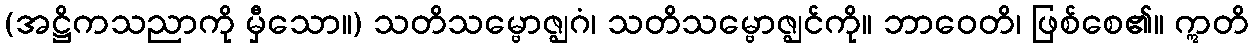
(အဋ္ဌိကသညာကို မှီသော။) သတိသမ္ဗောဇ္ဈဂံ၊ သတိသမ္ဗောဇ္ဈင်ကို။ ဘာဝေတိ၊ ဖြစ်စေ၏။ ဣတိ